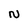
Character: N